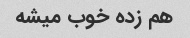
هم زده خوب میشه